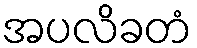
အပလိခတံ